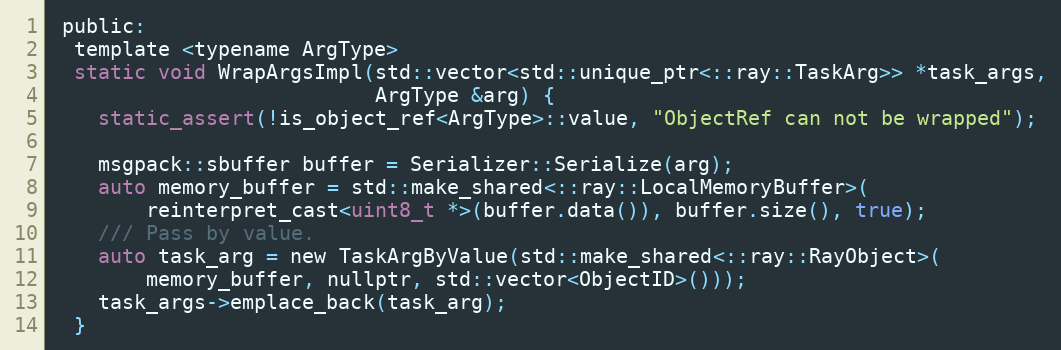
Language: C
 public:
  template <typename ArgType>
  static void WrapArgsImpl(std::vector<std::unique_ptr<::ray::TaskArg>> *task_args,
                           ArgType &arg) {
    static_assert(!is_object_ref<ArgType>::value, "ObjectRef can not be wrapped");

    msgpack::sbuffer buffer = Serializer::Serialize(arg);
    auto memory_buffer = std::make_shared<::ray::LocalMemoryBuffer>(
        reinterpret_cast<uint8_t *>(buffer.data()), buffer.size(), true);
    /// Pass by value.
    auto task_arg = new TaskArgByValue(std::make_shared<::ray::RayObject>(
        memory_buffer, nullptr, std::vector<ObjectID>()));
    task_args->emplace_back(task_arg);
  }